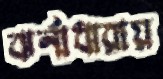
ঝর্নাধারায়